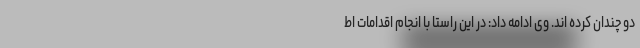
دو چندان کرده اند. وی ادامه داد: در این راستا با انجام اقدامات اط